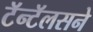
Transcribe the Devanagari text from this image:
टॅन्टॅलसने